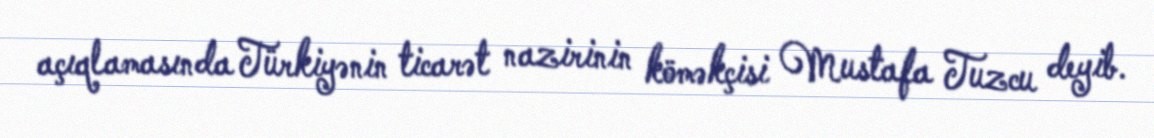
açıqlamasında Türkiyənin ticarət nazirinin köməkçisi Mustafa Tuzcu deyib.